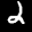
Label: 2